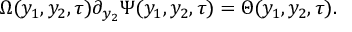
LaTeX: \Omega ( y _ { 1 } , y _ { 2 } , \tau ) \partial _ { y _ { 2 } } \Psi ( y _ { 1 } , y _ { 2 } , \tau ) = \Theta ( y _ { 1 } , y _ { 2 } , \tau ) .